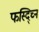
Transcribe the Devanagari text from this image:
फस्द्च्नि